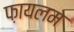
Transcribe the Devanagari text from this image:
फ़ायलम